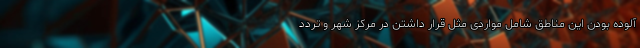
آلوده بودن این مناطق شامل مواردی مثل قرار داشتن در مرکز شهر و تردد